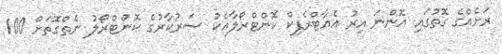
ރަށެއްގެ ގޮތުގައި އޮންނަ އިރު އެއާޓްރެފިކް ކޮންޓްރޯލާއެކު ސަރުކާރުގެ ކޮންޓްރޯލު ނެތްގޮތަށް 100